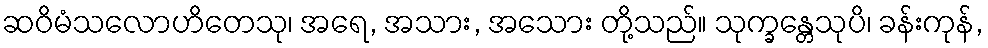
ဆဝိမံသလောဟိတေသု၊ အရေ, အသား, အသေား တို့သည်။ သုက္ခန္တေသုပိ၊ ခန်းကုန်,